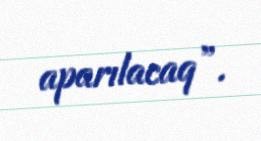
aparılacaq”.